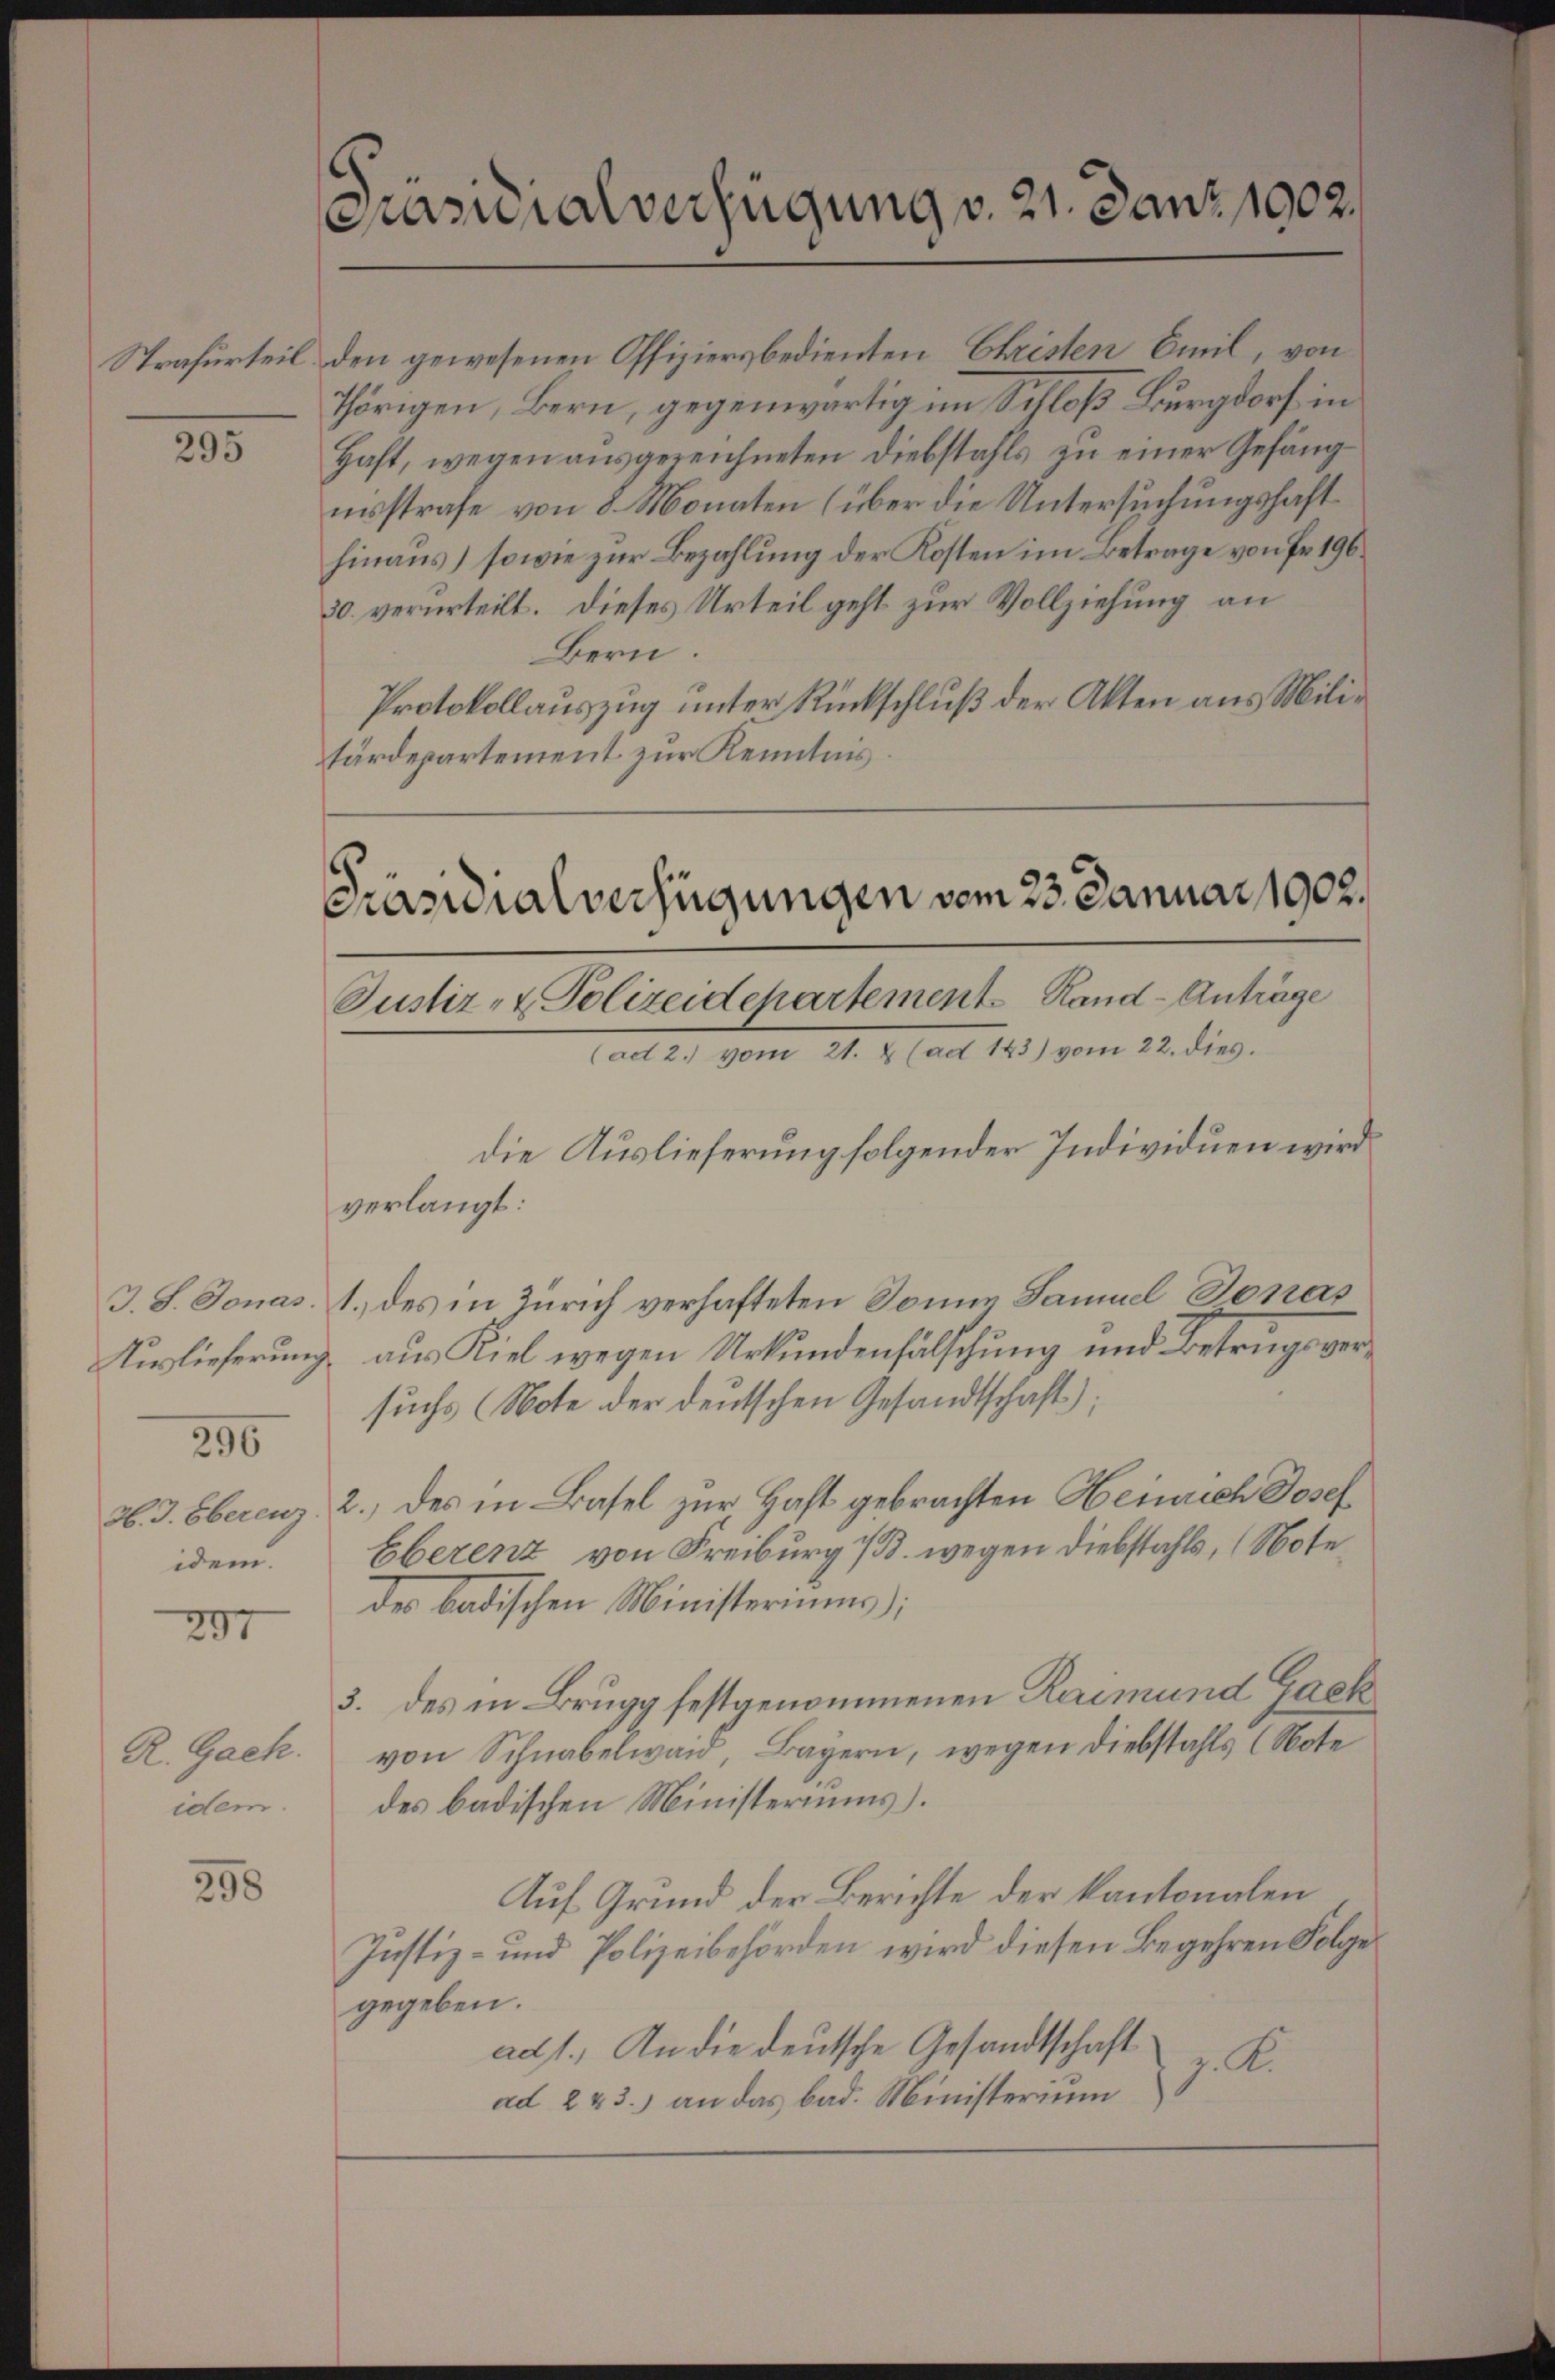
Strafurteil

25

296
idem.

207

R. Gack.
idem.

398

Pasuialverfügung v. 21. Janz 1902.

30. verurteilt. Dieses Urteil geht zur Vollziehung an
Bern.
Protokollauszug unter Rückschluß der Akten aus Militärdepartement zur Kenntnis

Präsidialverfügungen vom 23. Januar 1902.
Justiz- & Polizeidepartement Rand - Anträge
Saitl. vom 21. 2. Art. 143) vom 22. die

den gewesenen Offiziersbedienten Christen Emil, von
thörigen, Bern, gegenwärtig im Schloß Burgdorf in
Haft, wegen ausgereichneten Diebstahls zu einer Gefängnnsstrafe von 8. Monaten (über die Untersuchungshaft
hinaus) sowie zur Bezahlung der Kosten im Betrage von Fr. 196.

die Auslieferung folgender Individuen wird

verlangt:
J. S. Jonas. 1. des in Zürich verhafteten Somme Samuel Jonas
Kuslieferŭng aŭs Kiel wegen Urkundenfälschŭng und Betrugs ver-
suchs (Note der deutschen Gesandtschaft);
H. J. Eberenz, 2.) des in Basel zur Haft gebrachten Heinrich Josef
Eberenz von Freiburg i/B. wegen Diebstahls, (Note
der badischen Ministeriums);
3. des in Brugg festgenommenen Raimund Gack
von Schnabelwaid, Bayern, wegen Diebstahls (Note
des badischen Ministeriums).
Auf Grund der Berichte der Kantonalen
Justiz- und Polizeibehörden wird diesen Begehren Folge
gegeben.
ad1.) An die deutsche Gesandtschaft
z. A.
ad 223.) an das bad. Ministerium